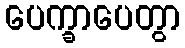
ပေက္ခာပေတွာ